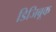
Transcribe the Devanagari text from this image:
डिजिबूक